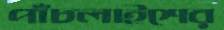
পাঁচলাইশের